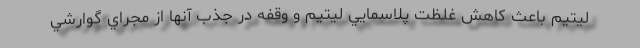
ليتيم باعث كاهش غلظت پلاسمايي ليتيم و وقفه در جذب آنها از مجراي گوارشي